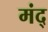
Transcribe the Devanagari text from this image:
मंद्